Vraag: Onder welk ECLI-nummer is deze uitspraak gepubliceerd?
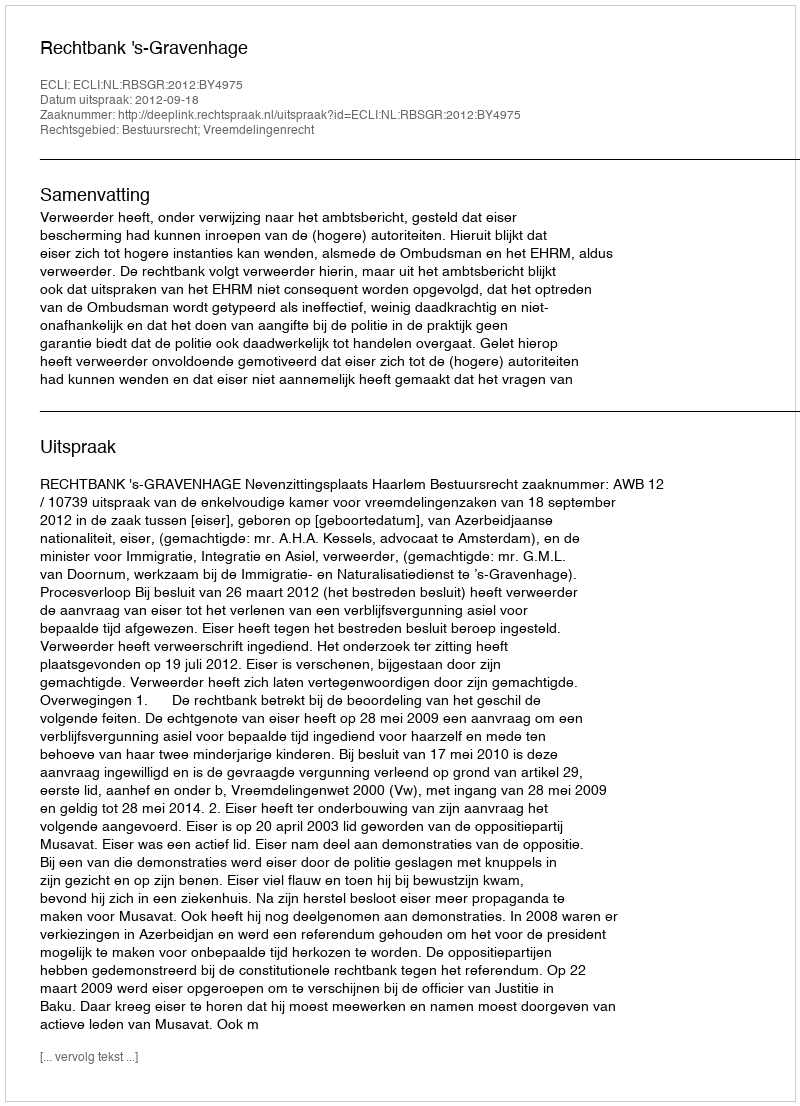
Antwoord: ECLI:NL:RBSGR:2012:BY4975